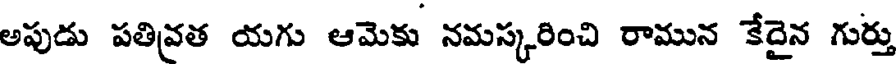
అపుడు పతివత యగు ఆమెకు నమస్కరించి రామున కేదైన గుర్తు